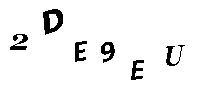
2DE9EU